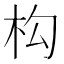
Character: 构